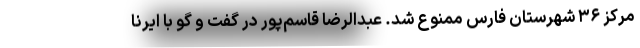
مرکز ۳۶ شهرستان فارس ممنوع شد. عبدالرضا قاسم‌پور در گفت و گو با ایرنا